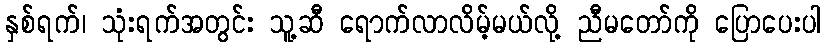
နှစ်ရက်၊ သုံးရက်အတွင်း သူ့ဆီ ရောက်လာလိမ့်မယ်လို့ ညီမတော်ကို ပြောပေးပါ